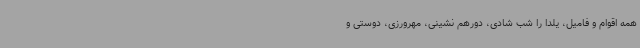
همه اقوام و فامیل، یلدا را شب شادی، دورهم نشینی، مهرورزی، دوستی و